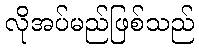
လိုအပ်မည်ဖြစ်သည်